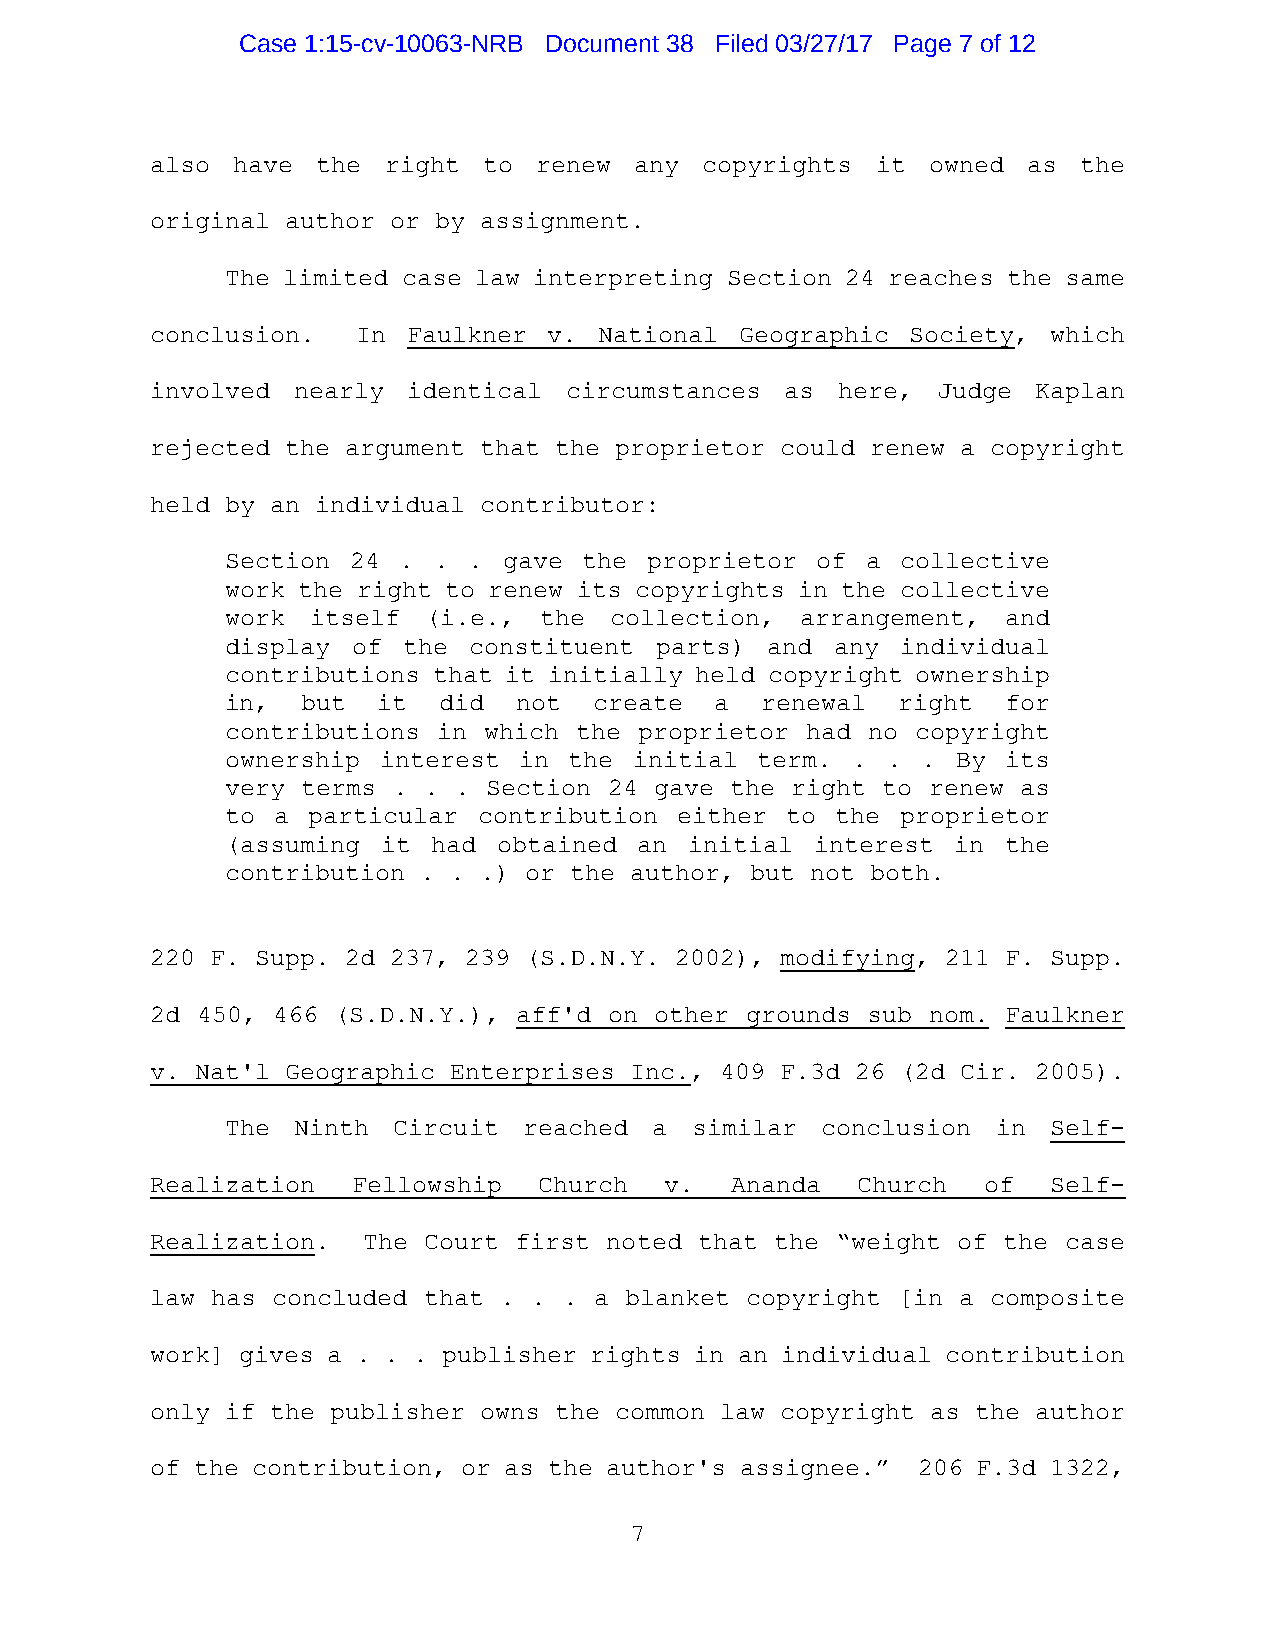
Case 1:15-cv-10063-NRB Document 38 Filed 03/27/17 Page 7 of 12
 also have  the right  to renew  any copyrights  it owned  as  the
 original author or by assignment.
 The limited case law interpreting Section 24 reaches the same
 conclusion.   In Faulkner v.  National Geographic Society,  which
 involved nearly  identical circumstances  as here,  Judge  Kaplan
 rejected the argument that the proprietor could renew a copyright
 held by an individual contributor:
 Section 24 .  . . gave  the proprietor of a  collective
 work the right to renew its copyrights in the collective
 work  itself (i.e.,  the collection,  arrangement,  and
 display of  the constituent parts)  and any  individual
 contributions that it initially held copyright ownership
 in,  but  it  did  not  create  a  renewal  right   for
 contributions in which the proprietor had no  copyright
 ownership interest in  the initial term. .  . . By  its
 very terms . . . Section 24 gave the right to renew  as
 to a particular  contribution either to the  proprietor
 (assuming it  had obtained an  initial interest in  the
 contribution . . .) or the author, but not both.
 220 F. Supp. 2d 237, 239 (S.D.N.Y. 2002), modifying, 211 F. Supp.
 2d 450, 466 (S.D.N.Y.), aff'd on other grounds sub nom.  Faulkner
 v. Nat'l Geographic Enterprises Inc., 409 F.3d 26 (2d Cir. 2005).
 The Ninth  Circuit  reached a  similar conclusion  in  Self-
 Realization  Fellowship   Church  v.  Ananda   Church  of   Self-
 Realization.  The Court first noted that the “weight of the case
 law has concluded that . . . a blanket copyright [in a  composite
 work] gives a . . . publisher rights in an individual contribution
 only if the publisher owns the common law copyright as the author
 of the contribution, or as the author's assignee.” 206 F.3d 1322,
 7